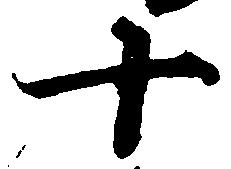
十